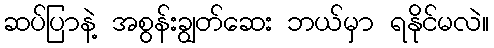
ဆပ်ပြာနဲ့ အစွန်းချွတ်ဆေး ဘယ်မှာ ရနိုင်မလဲ။